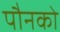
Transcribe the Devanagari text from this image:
पौनको